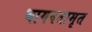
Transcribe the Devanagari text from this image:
भागवतामृत